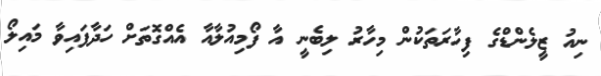
ނިއު ޒީލެންޑްގެ ފިހާރަތަކުން މިހާާރު ލިބެނީ އާ ފޯމިއުލާއާ އެއްގޮތަށް ހަދާފައިވާ މައިލޯ